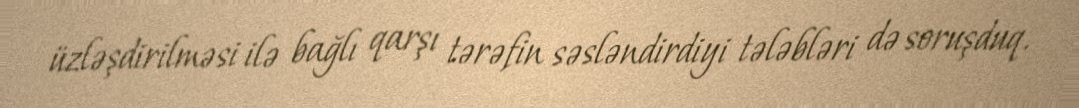
üzləşdirilməsi ilə bağlı qarşı tərəfin səsləndirdiyi tələbləri də soruşduq.